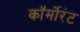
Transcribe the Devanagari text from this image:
कॉर्मोरंट